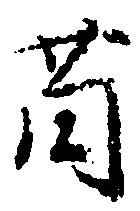
薗